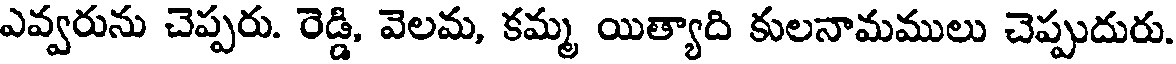
ఎవ్వరును చెప్పరు. రెడ్డి, వెలమ, కమ్మ యిత్యాది కులనామములు చెప్పుదురు.